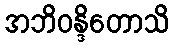
အဘိဝန္ဒိတောသိ